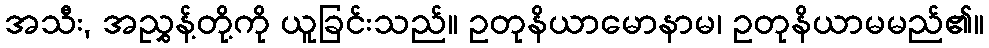
အသီး, အညွှန့်တို့ကို ယူခြင်းသည်။ ဥတုနိယာမောနာမ၊ ဥတုနိယာမမည်၏။